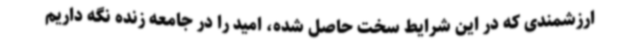
ارزشمندی که در این شرایط سخت حاصل شده، امید را در جامعه زنده نگه داریم